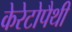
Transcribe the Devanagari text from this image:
केरेटोपैथी